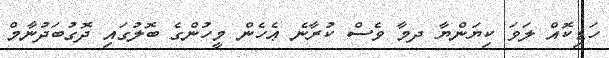
ހަޑިކޮއް ލަވަ ކިޔަންޔާ ދމާ ވެސް ކުރާނެ ޢެހެން މީހުންގެ ބޮލުގައި ދޮގުބަދުނާމް